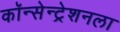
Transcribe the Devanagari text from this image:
कॉन्सेन्ट्रेशनला